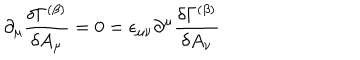
LaTeX: \partial _ { \mu } { \frac { \delta \Gamma ^ { ( \beta ) } } { \delta A _ { \mu } } } = 0 = \epsilon _ { \mu \nu } \partial ^ { \mu } { \frac { \delta \Gamma ^ { ( \beta ) } } { \delta A _ { \nu } } }